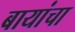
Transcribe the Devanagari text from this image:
बायांचा